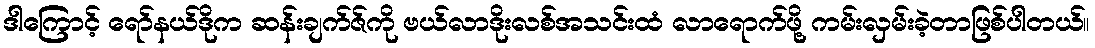
ဒါကြောင့် ရော်နယ်ဒိုက ဆန်းချက်ဇ်ကို ဗယ်လာဒိုးလစ်အသင်းထံ လာရောက်ဖို့ ကမ်းလှမ်းခဲ့တာဖြစ်ပါတယ်။